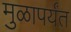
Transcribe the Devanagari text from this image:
मुळापर्यंत